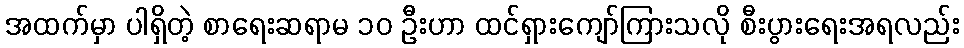
အထက်မှာ ပါရှိတဲ့ စာရေးဆရာမ ၁၀ ဦးဟာ ထင်ရှားကျော်ကြားသလို စီးပွားရေးအရလည်း